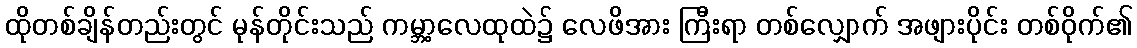
ထိုတစ်ချိန်တည်းတွင် မုန်တိုင်းသည် ကမ္ဘာ့လေထုထဲ၌ လေဖိအား ကြီးရာ တစ်လျှောက် အဖျားပိုင်း တစ်ဝိုက်၏